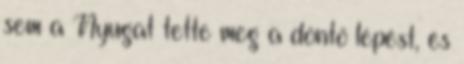
sem a Nyugat tette meg a döntő lépést, és